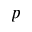
p